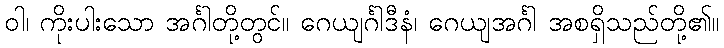
ဝါ၊ ကိုးပါးသော အင်္ဂါတို့တွင်။ ဂေယျင်္ဂါဒီနံ၊ ဂေယျအင်္ဂါ အစရှိသည်တို့၏။